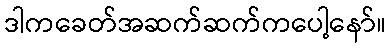
ဒါကခေတ်အဆက်ဆက်ကပေါ့နော်။